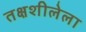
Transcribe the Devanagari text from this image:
तक्षशीलेला